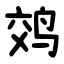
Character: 䴔